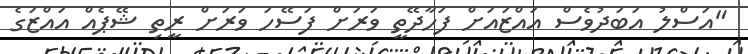
"އަސްލު އަބަދުވެސް އައްޒައަށް ފަހާދޭތީ ވަރަށް ފަސޭހަ ވަރަށް ރީތި ޝޭޕެއް އައްޒަގެ